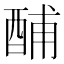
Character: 酺